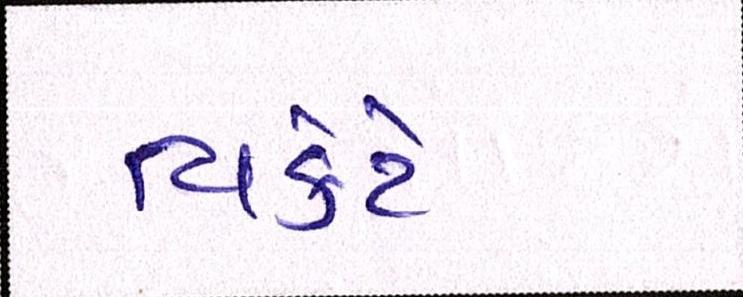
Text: વિકેટે